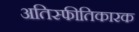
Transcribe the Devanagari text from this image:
अतिस्फीतिकारक